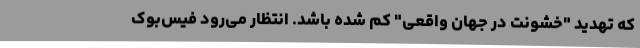
که تهدید "خشونت در جهان واقعی" کم شده باشد. انتظار می‌رود فیس‌بوک